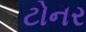
ટોનર